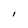
Character: I